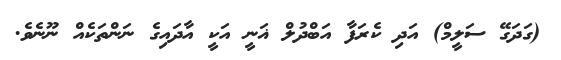
(ގަދަގޭ ސަލީމް) އަދި ކެރަފާ އަބްދުލް ޣަނީ އަކީ އާދައިގެ ނަންތަކެއް ނޫނެވެ.